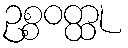
ဥစ္စဝတ္ထု